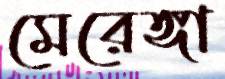
মেরেঙ্গা